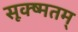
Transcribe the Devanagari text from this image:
सूक्ष्मतम्